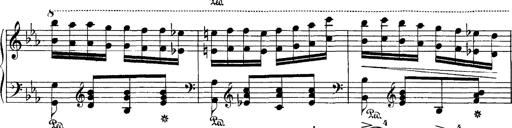
Title: Hungarian Rhapsody No.4
Composer: Franz Liszt
Key: E-flat major